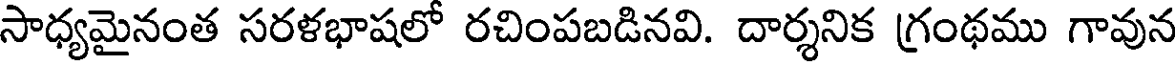
సాధ్యమైనంత సరళభాషలో రచింపబడినవి. దార్శనిక గ్రంథము గావున